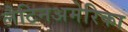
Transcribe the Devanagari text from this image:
लैटिनअमेरिका